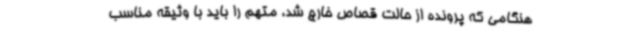
هنگامی که پرونده از حالت قصاص خارج شد، متهم را باید با وثیقه مناسب